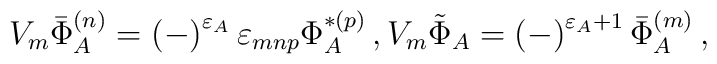
V_{m}\bar{\Phi}_{A}^{(n)}=\left( -\right) ^{\varepsilon _{A}}\varepsilon_{mnp}\Phi _{A}^{*(p)}\,, V_{m}\tilde{\Phi}_{A}=\left( -\right) ^{\varepsilon_{A}+1}\bar{\Phi}_{A}^{(m)}\,,